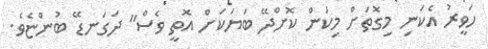
ހަވީރު އެކަނި މިގޮތަށް މިކަން ކޮށްދޭ ބަޔަކަށް އޮތީ ވެސް" ދަގަނޑޭ ބުންޏެވެ.